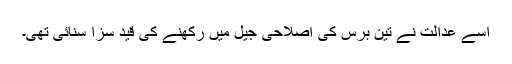
اُسے عدالت نے تین برس کی اصلاحی جیل میں رکھنے کی قید سزا سنائی تھی۔